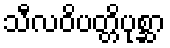
သီလဝိပတ္တိပုစ္ဆာ